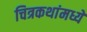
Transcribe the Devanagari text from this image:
चित्रकथांमध्ये